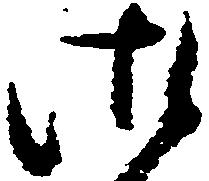
御